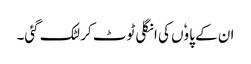
ان کے پاوٗں کی انگلی ٹوٹ کر لٹک گئی۔